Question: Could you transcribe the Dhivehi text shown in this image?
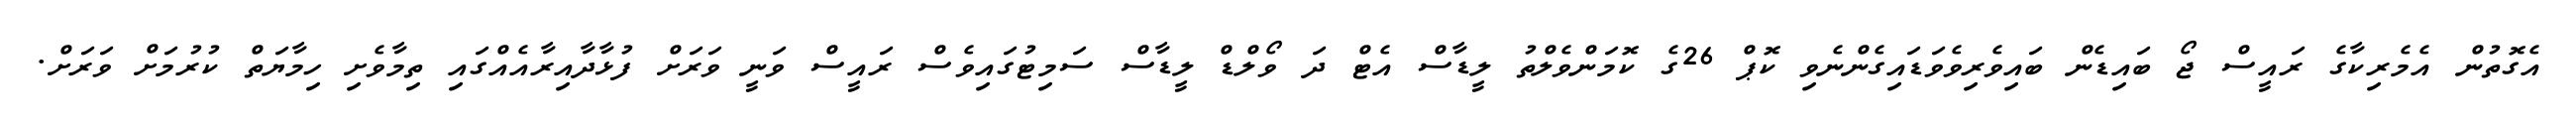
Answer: އެގޮތުން އެމެރިކާގެ ރައީސް ޖޯ ބައިޑެން ބައިވެރިވެވަޑައިގެންނެވި ކޮޕް 26ގެ ކޮމަންވެލްތު ލީޑާސް އެޓް ދަ ވޯލްޑް ލީޑާސް ސަމިޓުގައިވެސް ރައީސް ވަނީ ވަރަށް ފުޅާދާއިރާއެއްގައި ތިމާވެށި ހިމާޔަތް ކުރުމަށް ވަރަށް.